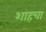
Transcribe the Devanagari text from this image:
शाहचा